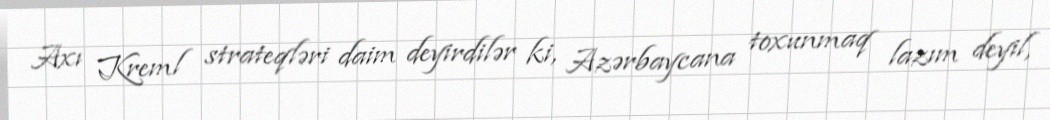
Axı Kreml strateqləri daim deyirdilər ki, Azərbaycana toxunmaq lazım deyil,